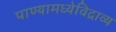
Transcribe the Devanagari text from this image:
पाण्यामध्येविद्राव्य